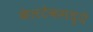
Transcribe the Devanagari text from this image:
केलटेकमध्ये